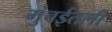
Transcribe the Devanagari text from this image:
मुंबईतली